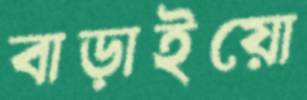
বাড়াইয়ো